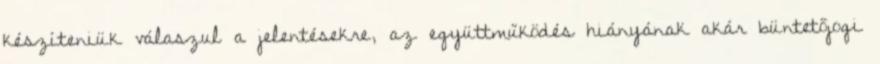
készíteniük válaszul a jelentésekre, az együttműködés hiányának akár büntetőjogi